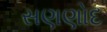
સણણોદ